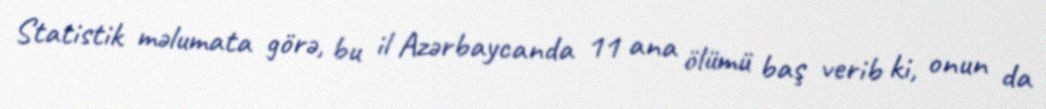
Statistik məlumata görə, bu il Azərbaycanda 11 ana ölümü baş verib ki, onun da